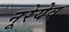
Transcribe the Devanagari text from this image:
नूरेयेव